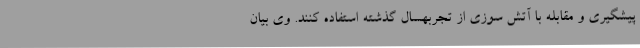
پیشگیری و مقابله با آتش سوزی از تجربهسال گذشته استفاده کنند. وی بیان